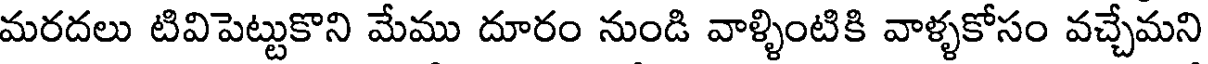
మరదలు టివిపెట్టుకొని మేము దూరం నుండి వాళ్ళింటికి వాళ్ళకోసం వచ్చేమని